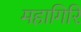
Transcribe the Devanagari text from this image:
महागिरि